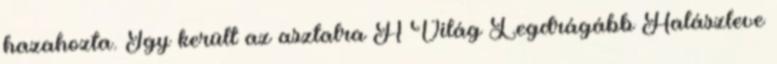
hazahozta. Így került az asztalra A Világ Legdrágább Halászleve